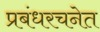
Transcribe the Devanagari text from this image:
प्रबंधरचनेत